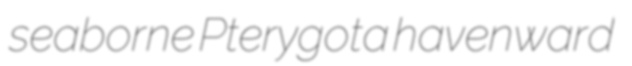
seaborne Pterygota havenward